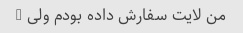
من لایت سفارش داده بودم ولی …